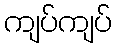
ကျပ်ကျပ်